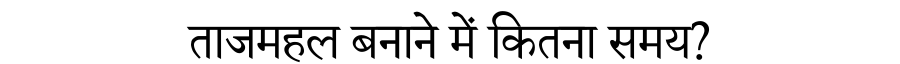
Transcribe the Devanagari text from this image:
ताजमहल बनाने में कितना समय?